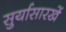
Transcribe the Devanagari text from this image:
सुर्यासारखें